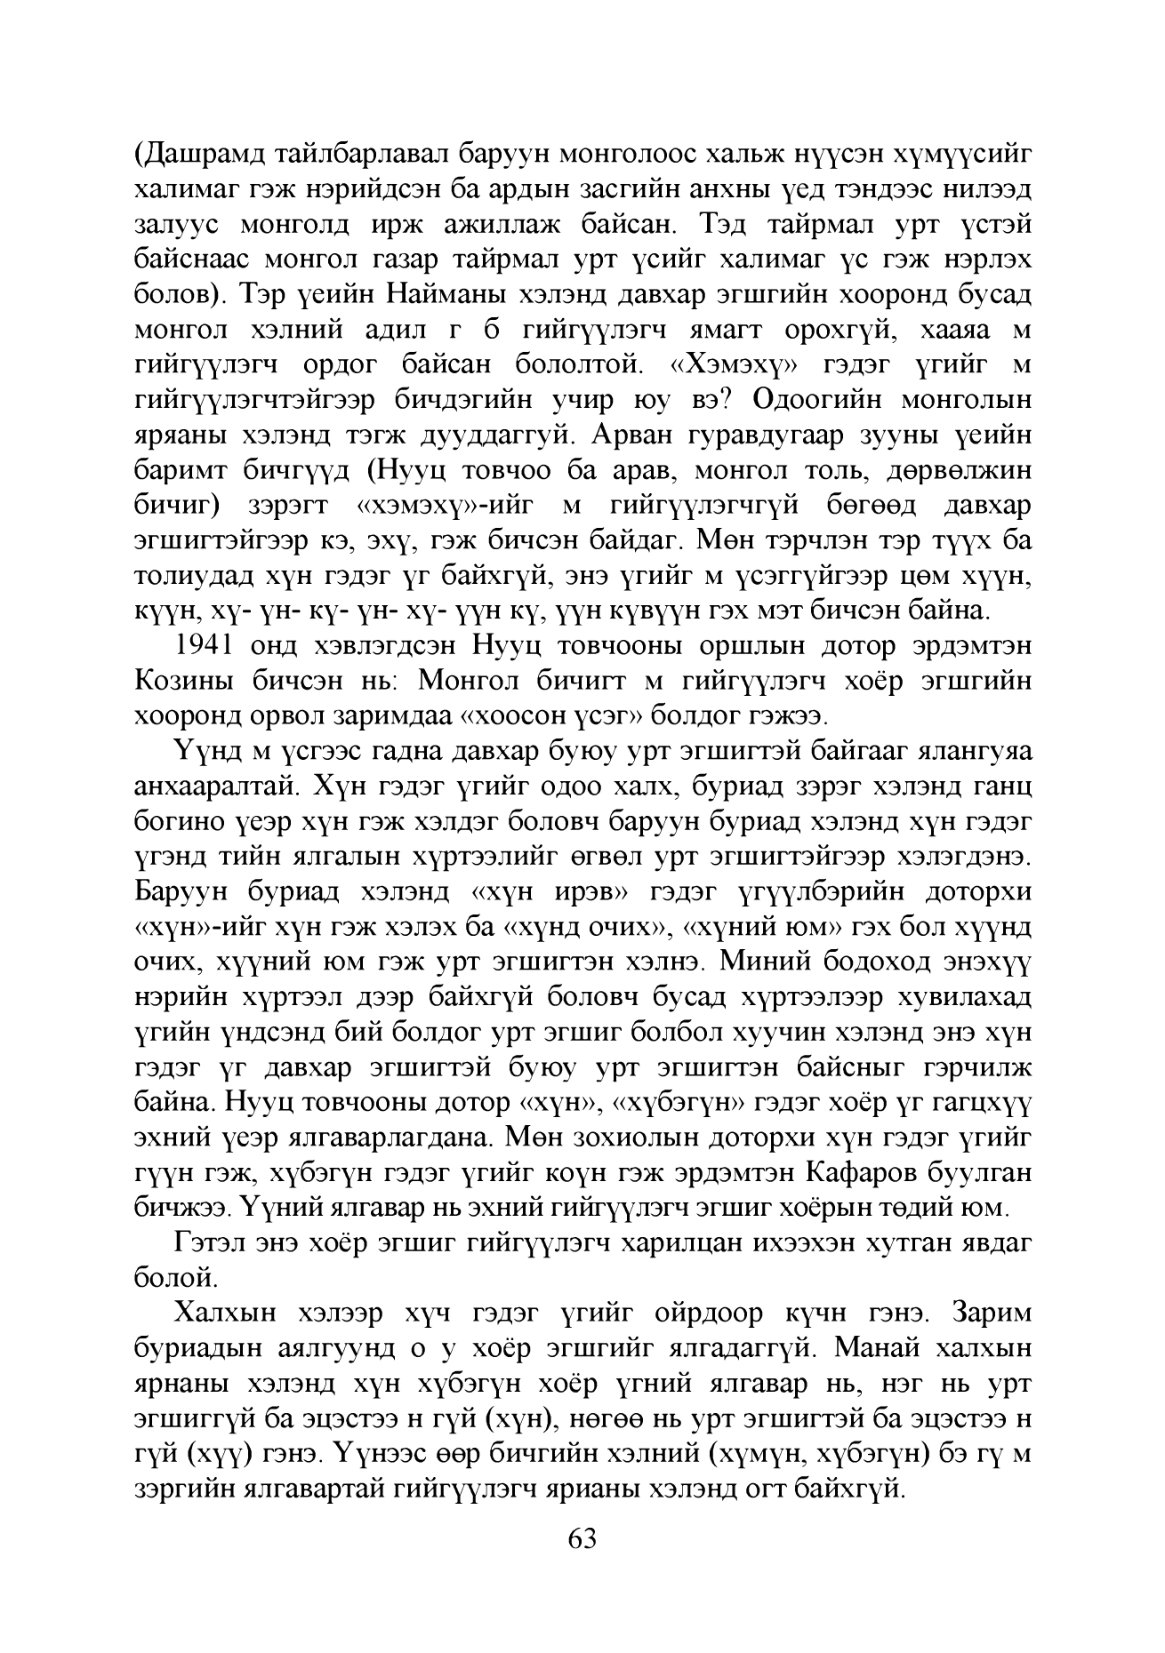
Language: mn